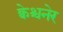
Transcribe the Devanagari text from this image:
क्वेश्चनेर